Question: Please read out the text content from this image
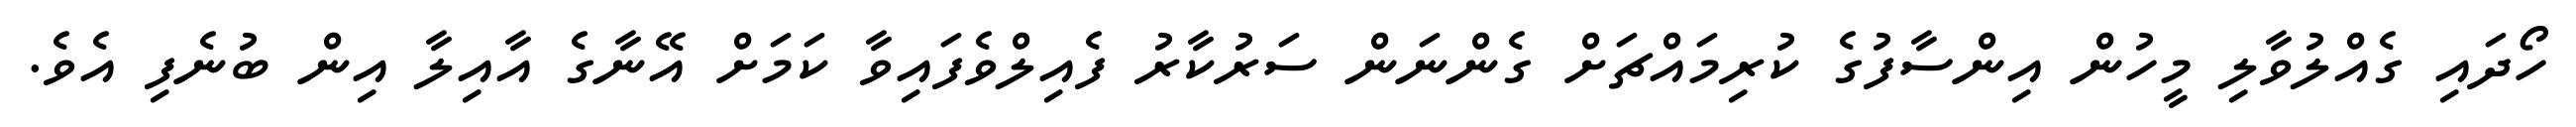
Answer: ހޯދައި ގެއްލުވާލި މީހުން އިންސާފުގެ ކުރިމައްޗަށް ގެންނަން ސަރުކާރު ފެއިލްވެފައިވާ ކަމަށް އޭނާގެ އާއިލާ އިން ބުނެފި އެވެ.